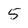
Character: 5